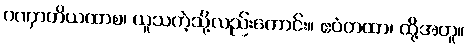
ဂဏှာတိယထာစ၊ ယူသကဲ့သို့လည်းကောင်း။ ဧဝံတထာ၊ ထို့အတူ။